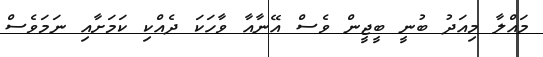
މައްލާ މިއަދު ބުނީ ބީޖީން ވެސް އޭނާއާ ވާހަކަ ދެއްކި ކަމަށާއި ނަމަވެސް